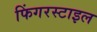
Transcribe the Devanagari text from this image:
फिंगरस्टाइल